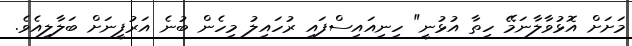
މަށަށް އޮޅުވާލާނަމޭ ހިތާ އުޅުނީ" ހިނިއައިސްފައި ރުހައިލު މިހެން ބުނެ އަރުފީނަށް ބަލާލިއެވެ.